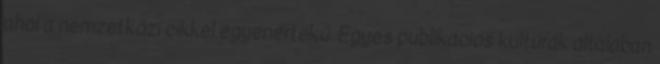
ahol a nemzetközi cikkel egyenértékű. Egyes publikációs kultúrák általában